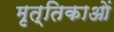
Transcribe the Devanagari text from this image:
मृत्तिकाओं